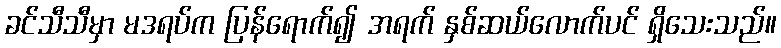
ခင်သီသီမှာ မဒရပ်က ပြန်ရောက်၍ အရက် နှစ်ဆယ်လောက်ပင် ရှိသေးသည်။